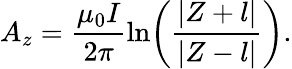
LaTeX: A_{z}=\frac{\mu_{0}I}{2\pi}\ln\! \left(\frac{|Z+l|}{|Z-l|}\right).